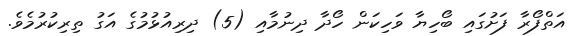
އަތްފޯރާ ފަށުގައި ބޯހިޔާ ވަހިކަން ހޯދާ ދިނުމާއި (5) ދިރިއުޅުމުގެ އަގު ތިރިކުރުމެވެ.